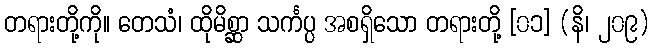
တရားတို့ကို။ တေသံ၊ ထိုမိစ္ဆာ သင်္ကပ္ပ အစရှိသော တရားတို့ [၀၁] (နိ၊ ၂၀၉)